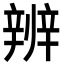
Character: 辨